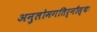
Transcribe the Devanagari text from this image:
अनुलोमगतिर्नौस्थः